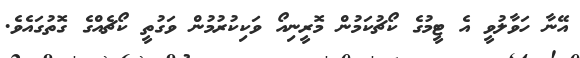
އޭނާ ހަވާލުވީ އެ ޓީމުގެ ކޯޗުކަމުން މޮރީނިއޯ ވަކިކުރުމުން ވަގުތީ ކޯޗެއްގެ ގޮތުގައެވެ.